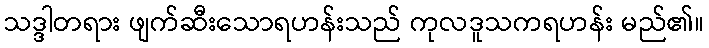
သဒ္ဒါတရား ဖျက်ဆီးသောရဟန်းသည် ကုလဒူသကရဟန်း မည်၏။